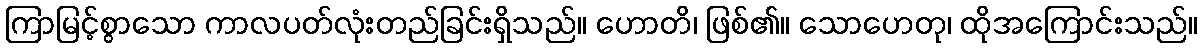
ကြာမြင့်စွာသော ကာလပတ်လုံးတည်ခြင်းရှိသည်။ ဟောတိ၊ ဖြစ်၏။ သောဟေတု၊ ထိုအကြောင်းသည်။